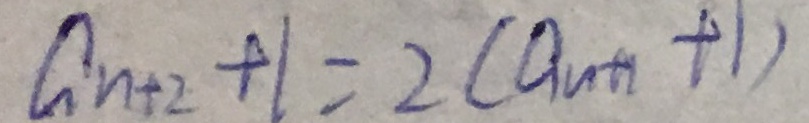
a _ { n + 2 } + 1 = 2 ( a _ { n + 1 } + 1 )